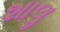
શાલૢ